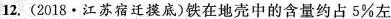
12.(2018·江苏宿迁摸底)铁在地壳中的含量约占5\%左